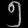
Digit: ၅